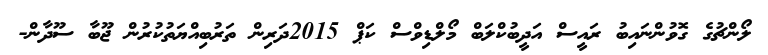
ލޯންޗުގެ ގޮވުންނައިބު ރައީސް އަދީބުކްލަބް މޯލްޑިވްސް ކަޕް 2015ދަރިން ތަރުބިއްޔަތުކުރުން ޖޫބާ ސޫދާން-